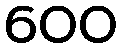
600